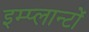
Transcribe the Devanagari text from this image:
इम्प्लान्टों